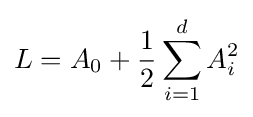
L=A_{0}+{\frac {1}{2}}\sum \limits _{i=1}^{d}A_{i}^{2}